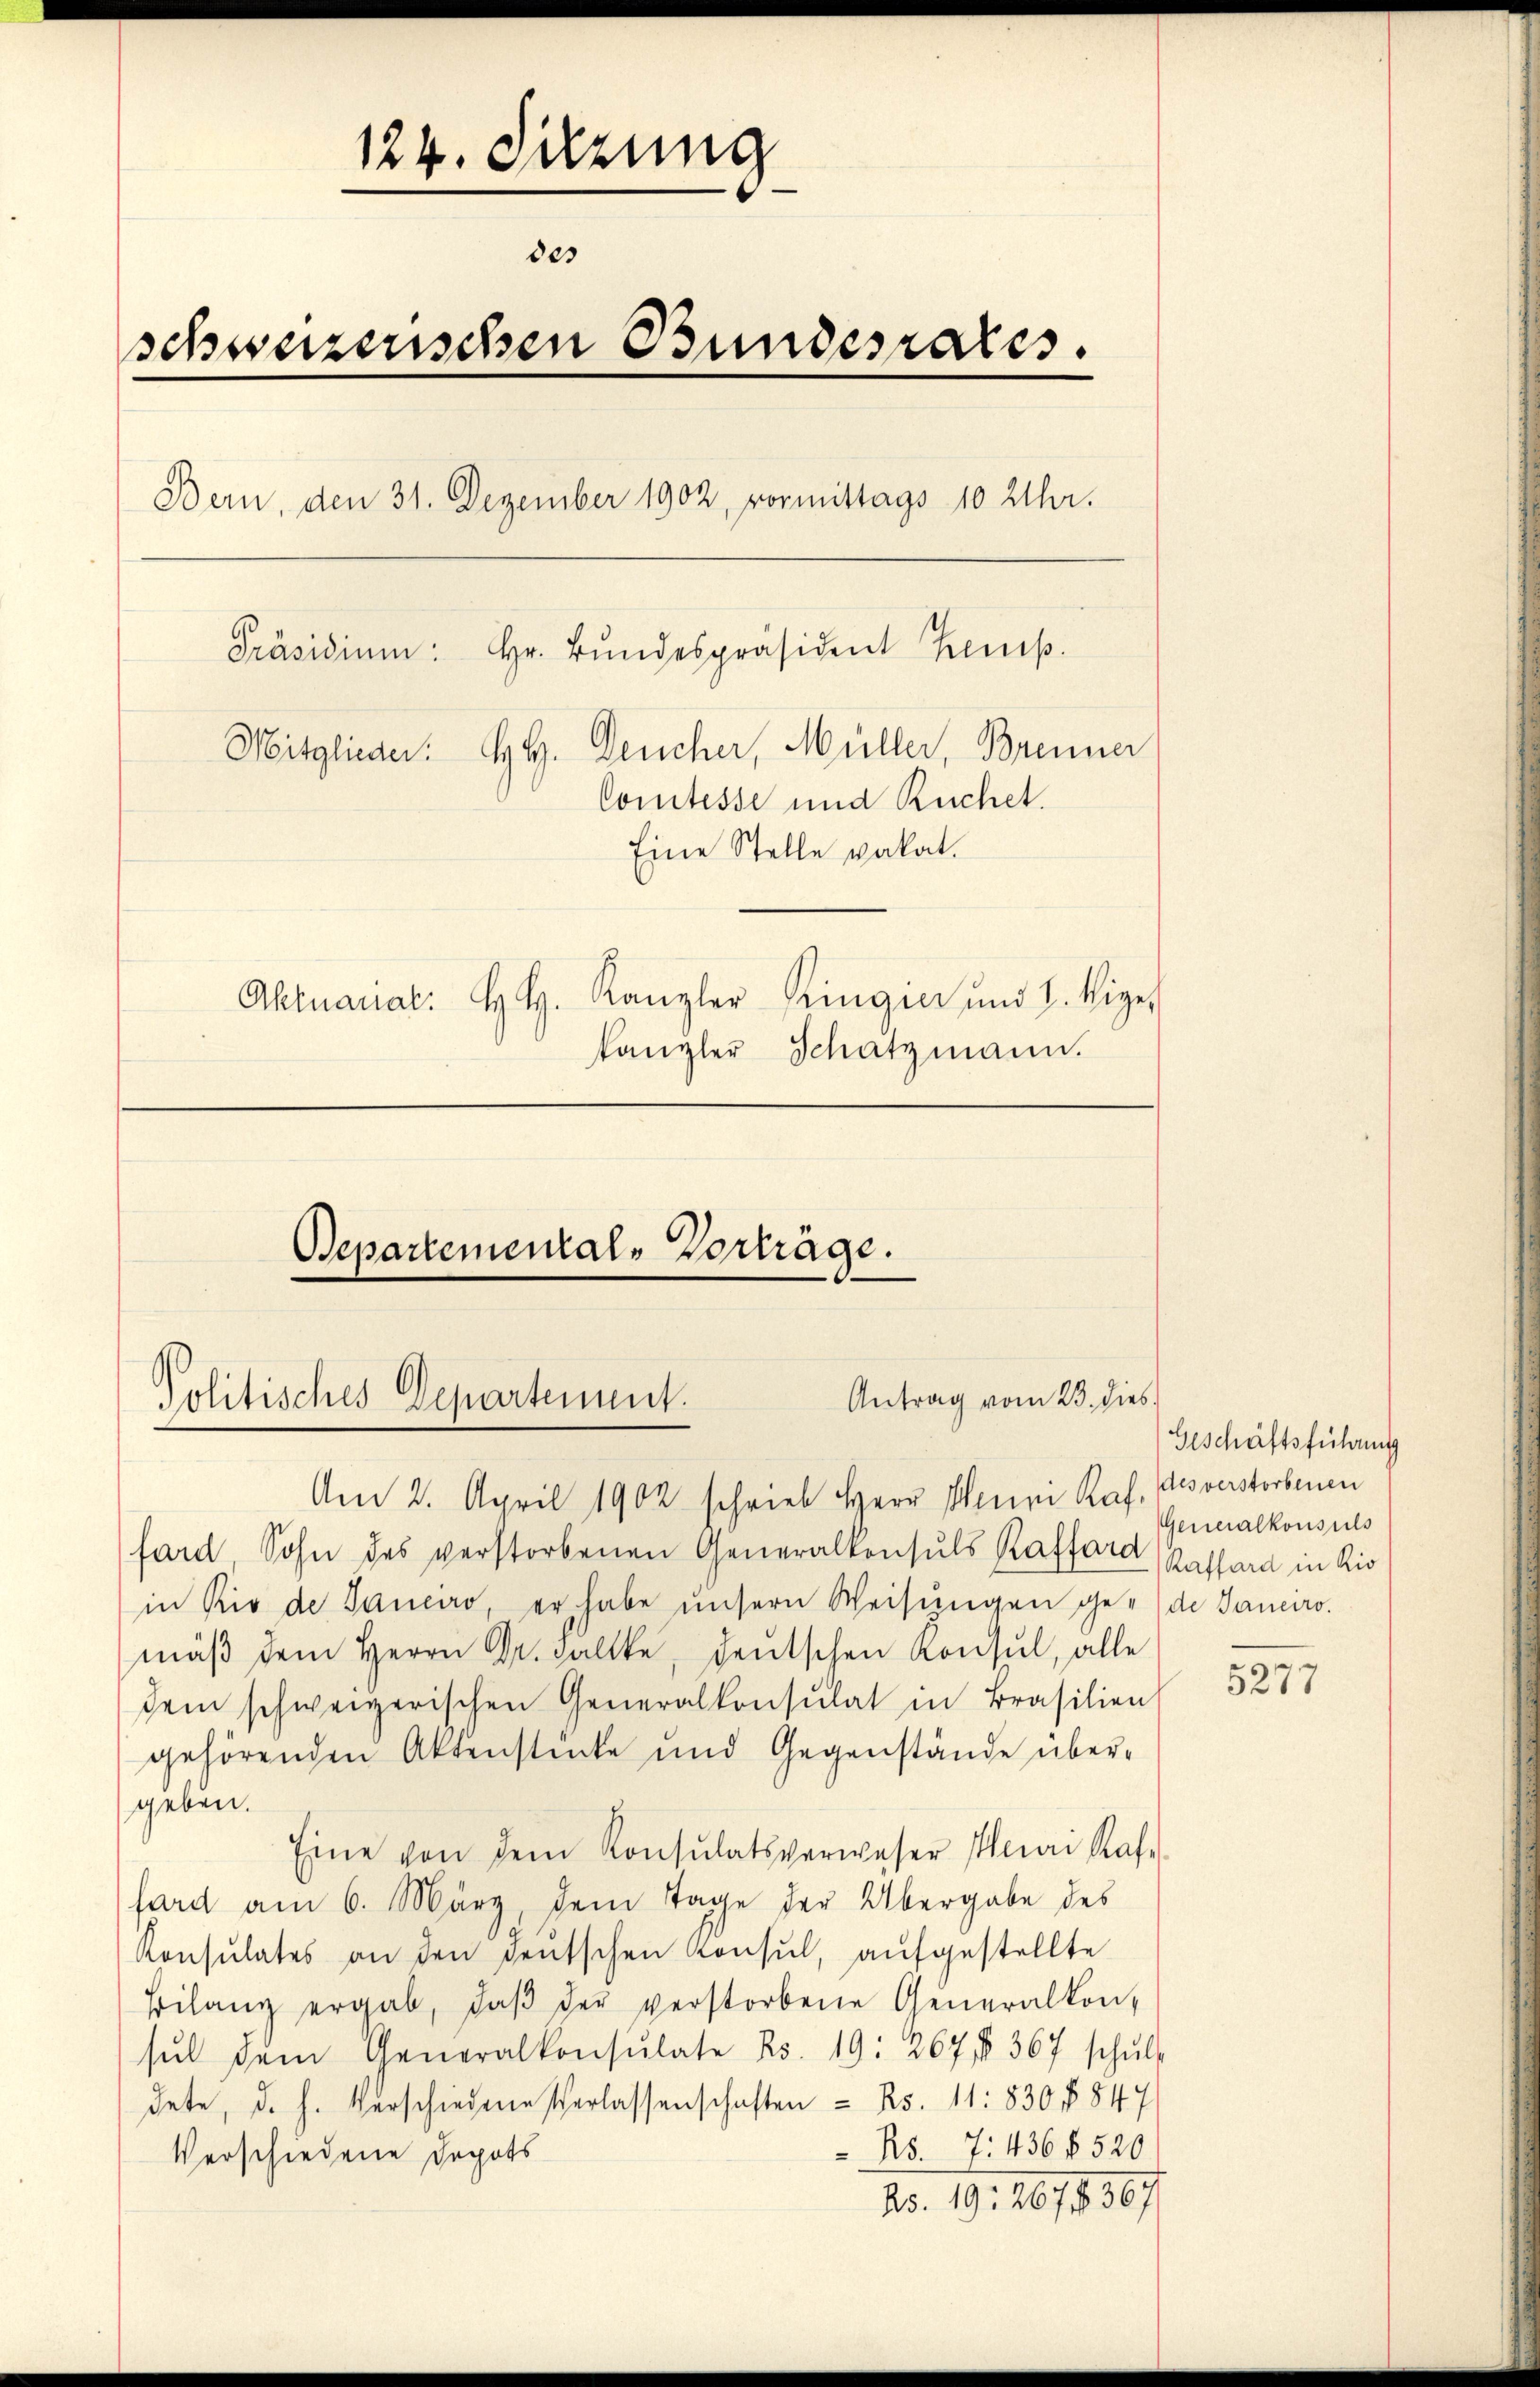
124. Sitzung
des
schweizerischen Bundesrates.
Bern, den 31. Dezember 1902, vormittags 10 Uhr.
Präsidium: Hr. Bŭndespräsident Kemp
Mitglieder: H. H. Deucher, Müller, Brenner
Comtesse und Ruchel.
Eine Stelle valat.
Altnaual: H. H. Kanzler Ringier und 1. Vize
kanzler Schatzmann.

Politisches Departement.

Separtemental-Vorträge.

Antrag vom 23. dies

Am 2. April 1902 schrieb Herr Meine Raf, es verstorbenen
fard, Sohn des verstorbenen Generalkonsuls Raffara Kathard in Kir
in Rio de Sauce, er habe unsern Weisŭngen ge- de Janeiro
mäβ dem Herrn Dr. Falle, deutschen Konsul, alle
dem schweizerischen Generalkonsulat in Brasilien
gehörenden Aktenstücke und Gegenstände über-
geben.
Eine von dem Konsulatsverweser Hei Raf
hard am 6. März, dem Tage der Übergabe des
Konsulates an den deutschen Konsul, aufgestellte
Eilanz ergab, daβ der verstorbene Generalkon-
sŭl dem Generalkonsulate R. 19: 267, § 367 schŭl-
dete, d. h. Verschiedene Verlassenschaften - Rs. 11: 830 § 847
Rs. 7: 436 f 520
Verschiedene Depots
Ao. 19, 16,836/

Geschäftsführung
Generalkonsuls

5277